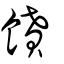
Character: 饙